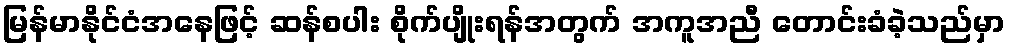
မြန်မာနိုင်ငံအနေဖြင့် ဆန်စပါး စိုက်ပျိုးရန်အတွက် အကူအညီ တောင်းခံခဲ့သည်မှာ